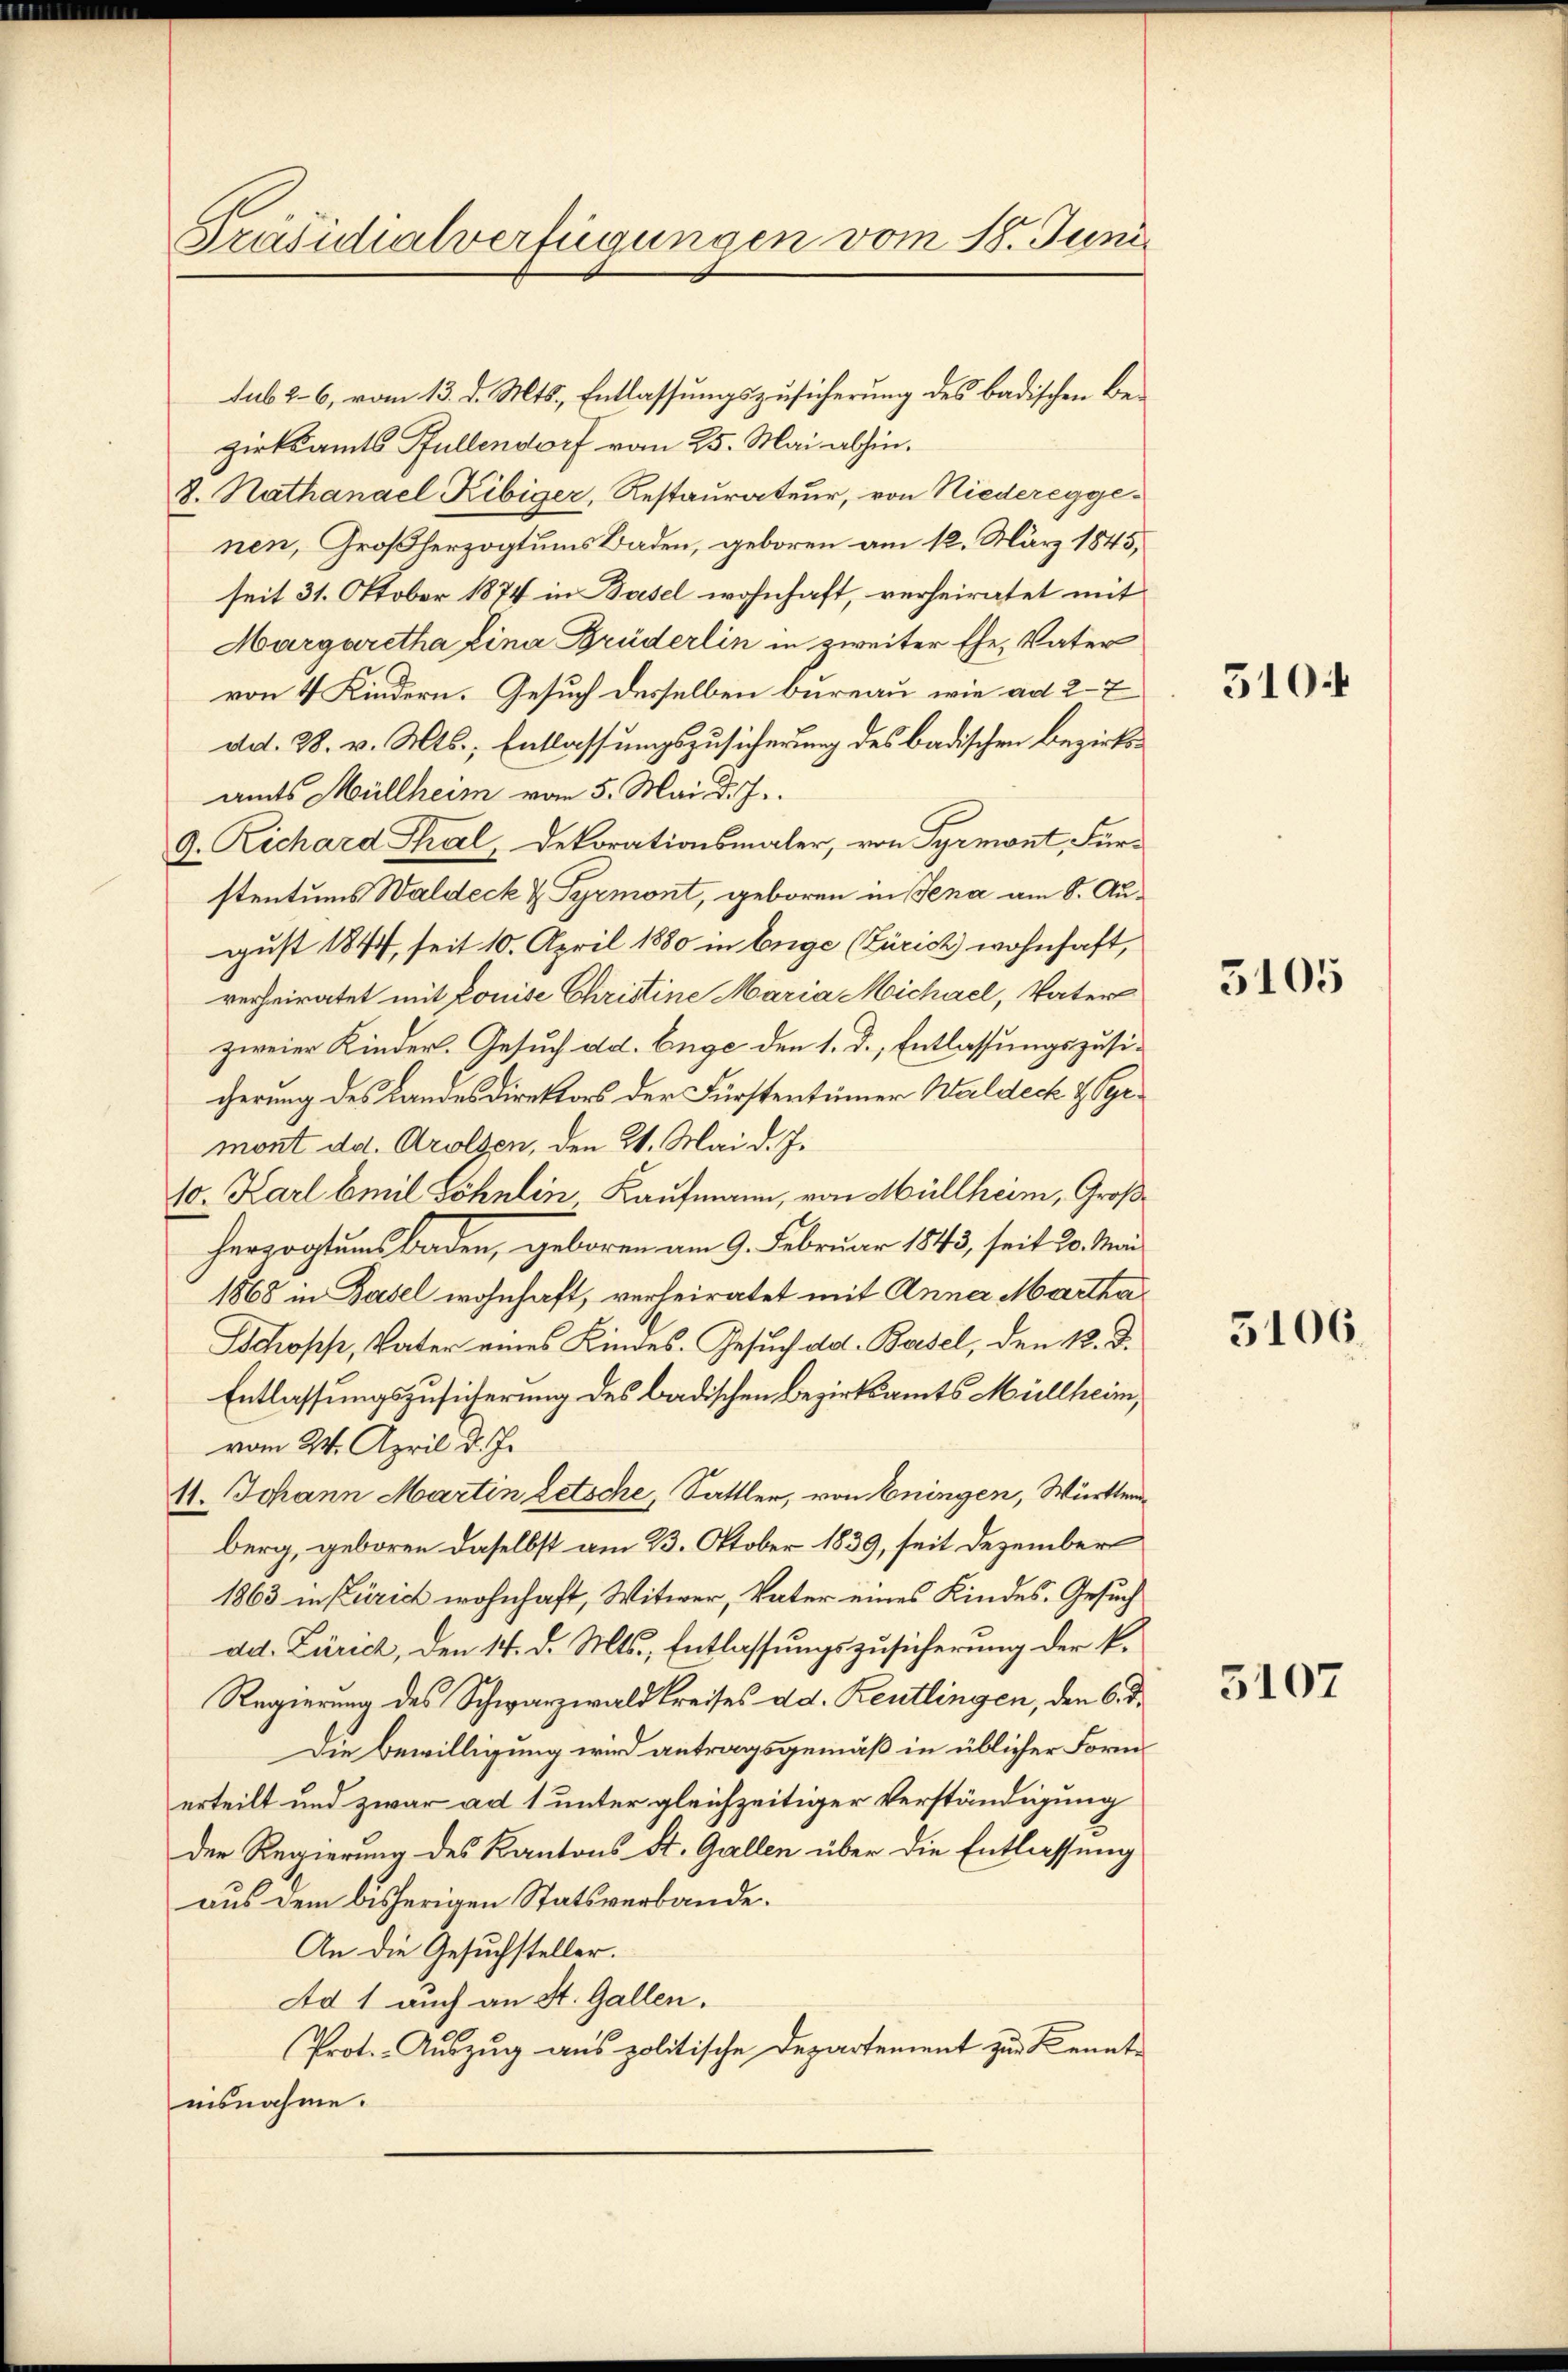
Präsidialverfügungen vom 18. Juni

sub 26, vom 13. d. Mts., Entlassungszusicherung des badischen Bezirksamts Füllendorf vom 25. Mai abhin.
8. Nathanael Ribiger, Restaurateur, von Niedereggenen, Großherzogtums Baden, geboren am 12. März 1845,
seit 31. Oktober 1874 in Basel wohnhaft, verheiratet mit
Margaretha Lina Brüderlin in zweiter Ehe, Vater
von 4 Kindern. Gesuch desselben bureau, wie ad 27
dd. 28. v. Mts., Entlassungszusicherung des badischen Bezirksamts Müllheim vom 5. Mai d. J.
9. Richard Thal, Dekorationsmaler, von Pyrmont, Fürstentums Waldeck & Pyrmont, geboren in Jena am 8. August 1844, seit 10. April 1880 in Enge (Zürich wohnhaft,
verheiratet mit Louise Christine Maria Michael, Vater
zweier Kinder. Gesuch da. Enge den 1. d. Entlassungszusicherung des Landesdirektors der Fürstentümer Waldeck & Syrmont da. Arolsen, den 21. Mai d. J.
10. Karl Emil Söhnlin Kaufmann, von Müllheim, Großherzogtums Baden, geboren am 9. Februar 1843, seit 20. Mai
1868 in Basel wohnhaft, verheiratet mit Anna Martha¬
Schopp, Vater eines Kindes. Gesuch ad. Basel, den k. D.
Entlassungszusicherung des badischen Bezirksamts Müllheim,
vom 24. April d. J.
11. Johann Martin Letsche, Sattler, von Eningen, Württemberg, geboren daselbst am 23. Oktober 1839, seit Dezember
1863 in Zürich wohnhaft, Witwer, Vater eines Kindes. Gesuch
ad. Zürich, den 14. d. Mts., Entlassungszusicherung der k.
Regierung des Schwarzwald Kreises d.d. Reutlingen, den 6. d.
Die Bewilligung wird antragsgemäß in üblicher Form
erteilt und zwar ad 1 unter gleichzeitiger Verständigung
der Regierung des Kantons St. Gallen über die Entlassung
aus dem bisherigen Statsverbande.
An die Gesuchsteller.
Ad 1 auch an St. Gallen.
Prot.- Auszug aus politische Departement zur Kenntisnahme.

310.

5105

5106.

5107